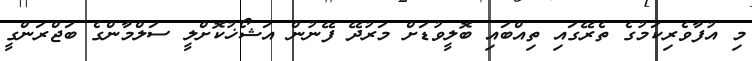
މި އުފާވެރިކަމުގެ ތެރޭގައި ތިއްބައި ބޮލީވުޑަށް މަރުދޭ ފޭނުން އަޝޯޚުކޮށްލީ ސަލްމާންގެ ބަޖްރަންގީ